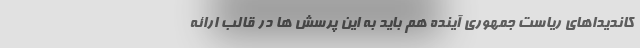
کاندیداهای ریاست جمهوری آینده هم باید به این پرسش ها در قالب ارائه